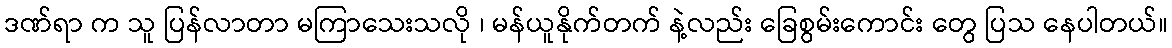
ဒဏ်ရာ က သူ ပြန်လာတာ မကြာသေးသလို ၊ မန်ယူနိုက်တက် နဲ့လည်း ခြေစွမ်းကောင်း တွေ ပြသ နေပါတယ်။